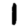
Digit: 1